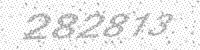
Solution: 282813